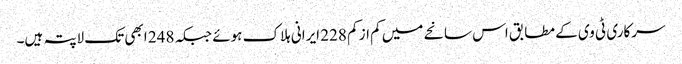
سرکاری ٹی وی کے مطابق اس سانحے میں کم از کم 228 ایرانی ہلاک ہوئے جبکہ 248 ابھی تک لاپتہ ہیں۔